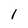
Character: l